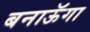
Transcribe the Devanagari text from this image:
बनाऊॅगा